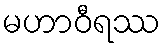
မဟာဝီရဿ